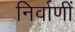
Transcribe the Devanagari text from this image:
निर्वाणीं